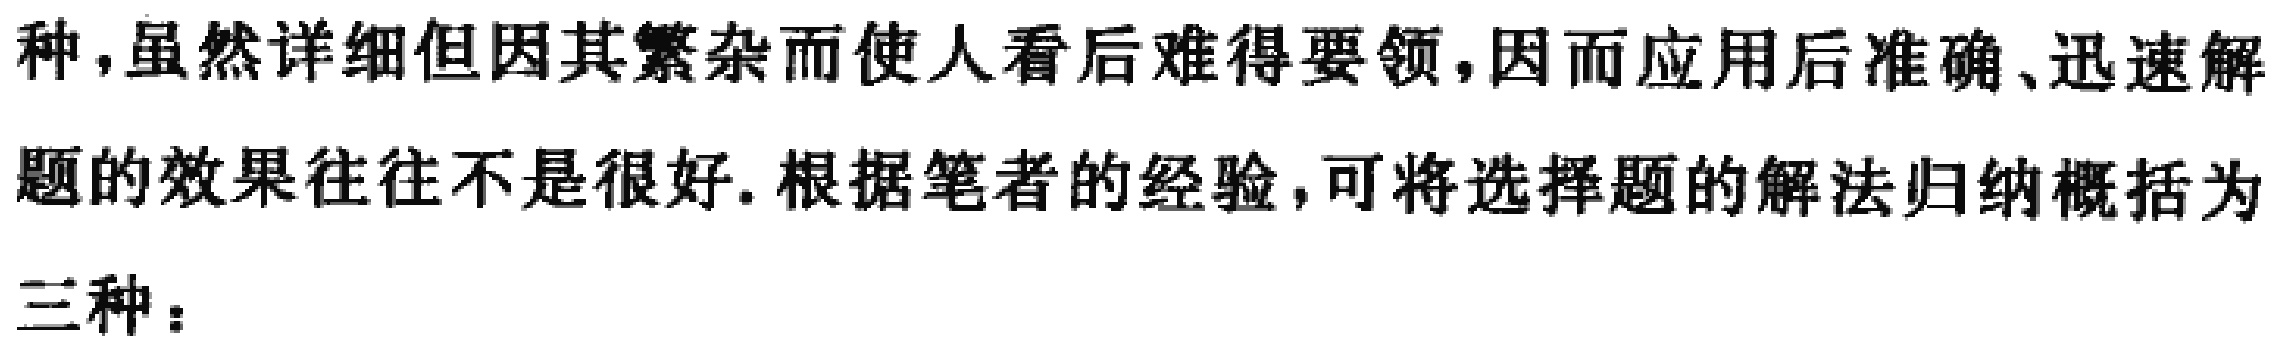
种，虽然详细但因其繁杂而使人看后难得要领，因而应用后准确、迅速解
题的效果往往不是很好. 根据笔者的经验，可将选择题的解法归纳概括为
三种：